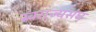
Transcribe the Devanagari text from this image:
स्वराज्यसंघ